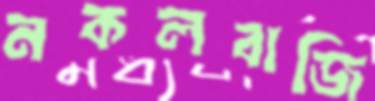
নকলবাজি